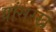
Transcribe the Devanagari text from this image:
यांसरखे